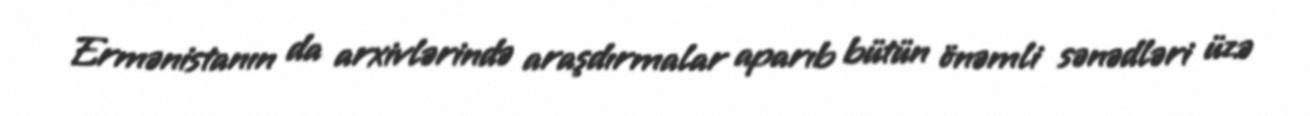
Ermənistanın da arxivlərində araşdırmalar aparıb bütün önəmli sənədləri üzə